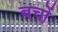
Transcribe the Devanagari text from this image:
बचों